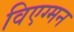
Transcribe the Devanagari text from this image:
विएग्मन